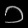
Digit: ၁